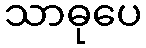
သာဓုပေ